Vaccination United Provinces of Agra and Oudh 1923-1928 - 1923-1928
Year: 1923
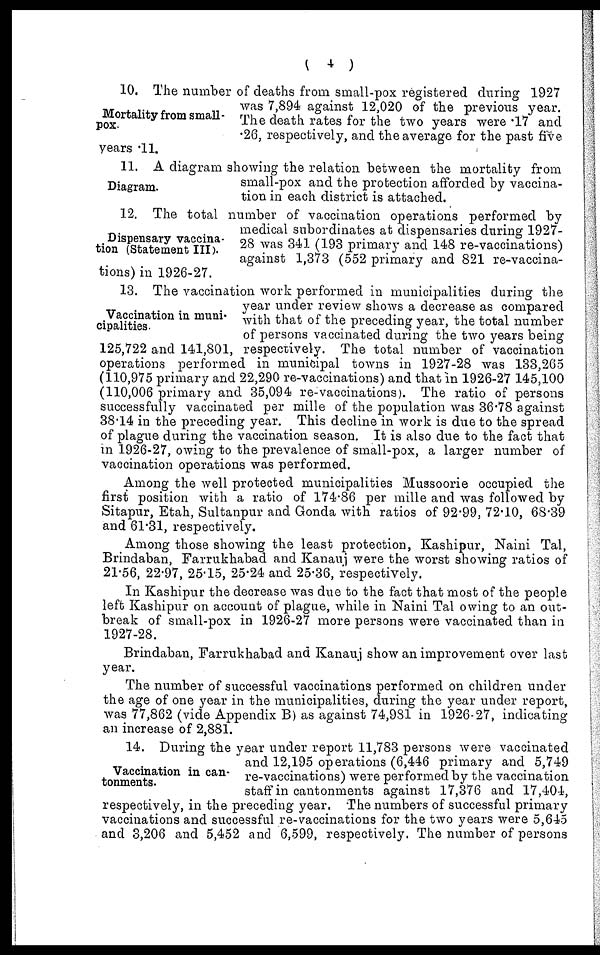
( 4 )
Mortality from small-
pox.
10. The number of deaths from small-pox registered during 1927
was 7,894 against 12,020 of the previous year.
The death rates for the two years were .17 and
.26, respectively, and the average for the past five
years .11.
Diagram.
11. A diagram showing the relation between the mortality from
small-pox and the protection afforded by vaccina-
tion in each district is attached.
Dispensary vaccina-
tion (Statement III).
12. The total number of vaccination operations performed by
medical subordinates at dispensaries during 1927-
28 was 341 (193 primary and 148 re-vaccinations)
against 1,373 (552 primary and 821 re-vaccina-
tions) in 1926-27.
Vaccination in muni-
cipalities.
13. The vaccination work performed in municipalities during the
year under review shows a decrease as compared
with that of the preceding year, the total number
of persons vaccinated during the two years being
125,722 and 141,801, respectively. The total number of vaccination
operations performed in municipal towns in 1927-28 was 133,265
(110,975 primary and 22,290 re-vaccinations) and that in 1926-27 145,100
(110,006 primary and 35,094 re-vaccinations). The ratio of persons
successfully vaccinated per mille of the population was 36.78 against
38.14 in the preceding year. This decline in work is due to the spread
of plague during the vaccination season. It is also due to the fact that
in 1926-27, owing to the prevalence of small-pox, a larger number of
vaccination operations was performed.
Among the well protected municipalities Mussoorie occupied the
first position with a ratio of 174.86 per mille and was followed by
Sitapur, Etah, Sultanpur and Gonda with ratios of 92.99, 72.10, 68.39
and 61.31, respectively.
Among those showing the least protection, Kashipur, Naini Tal,
Brindaban, Farrukhabad and Kanauj were the worst showing ratios of
21.56, 22.97, 25.15, 25.24 and 25.36, respectively.
In Kashipur the decrease was due to the fact that most of the people
left Kashipur on account of plague, while in Naini Tal owing to an out-
break of small-pox in 1926-27 more persons were vaccinated than in
1927-28.
Brindaban, Farrukhabad and Kanauj show an improvement over last
year.
The number of successful vaccinations performed on children under
the age of one year in the municipalities, during the year under report,
was 77,862 (vide Appendix B) as against 74,981 in 1926-27, indicating
an increase of 2,881.
Vaccination in can-
tonments.
14. During the year under report 11,783 persons were vaccinated
and 12,195 operations (6,446 primary and 5,749
re-vaccinations) were performed by the vaccination
staff in cantonments against 17,376 and 17,404,
respectively, in the preceding year. The numbers of successful primary
vaccinations and successful re-vaccinations for the two years were 5,645
and 3,206 and 5,452 and 6,599, respectively. The number of persons